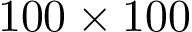
1 0 0 \times 1 0 0